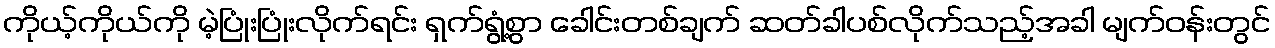
ကိုယ့်ကိုယ်ကို မဲ့ပြုံးပြုံးလိုက်ရင်း ရှက်ရွံ့စွာ ခေါင်းတစ်ချက် ဆတ်ခါပစ်လိုက်သည့်အခါ မျက်ဝန်းတွင်